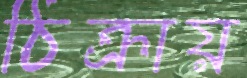
ঠিক্‌রায়